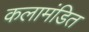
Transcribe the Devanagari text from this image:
कलामंडित